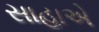
સાહાએ